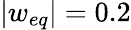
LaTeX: |w_{eq}|=0.2